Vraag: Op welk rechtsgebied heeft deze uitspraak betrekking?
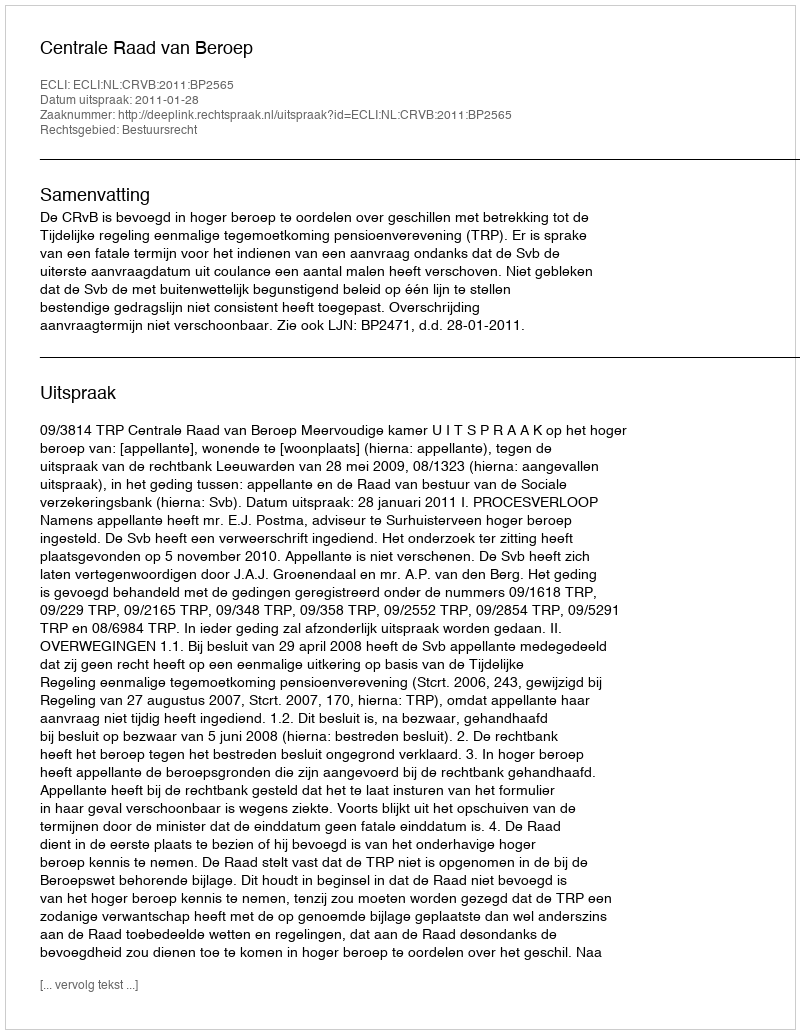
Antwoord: Bestuursrecht